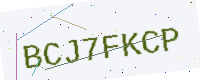
Text: BCJ7FKCP